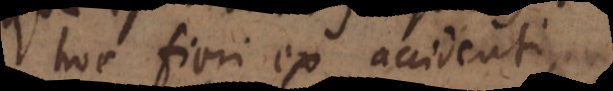
hoc fieri ex accidenti,